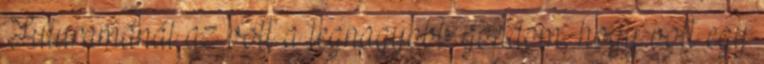
Futuramánál az volt a legnagyobb gondom, hogy volt egy